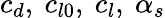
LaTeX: c_{d},~c_{l0},~c_{l},~\alpha_{s}